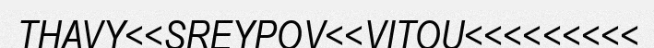
THAVY<<SREYPOV<<VITOU<<<<<<<<<